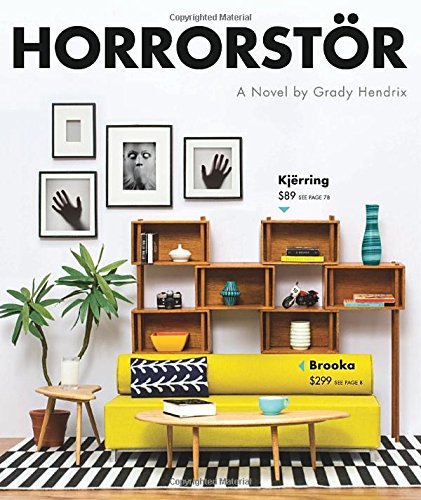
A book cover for Horrorstor: A Novel; Grady Hendrix; Science Fiction & Fantasy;